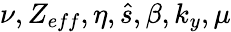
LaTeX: \nu,Z_{eff},\eta,\hat{s},\beta,k_{y},\mu